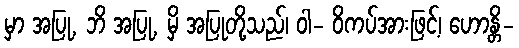
မှာ အပြု, ဘိ အပြု, မှိ အပြုတို့သည်၊ ဝါ- ဝိကပ်အားဖြင့်၊ ဟောန္တိ-